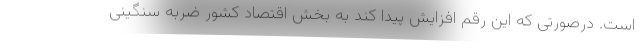
است. درصورتی که این رقم افزایش پیدا کند به بخش اقتصاد کشور ضربه سنگینی